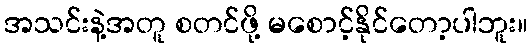
အသင်းနဲ့အတူ စတင်ဖို့ မစောင့်နိုင်တော့ပါဘူး။